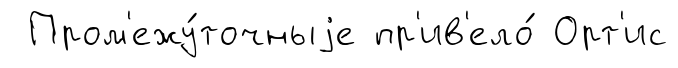
Пром'ежу́точныjе пр'ив'ело́ Орт'ис